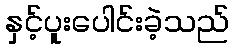
နှင့်ပူးပေါင်းခဲ့သည်